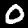
Label: 0